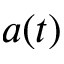
a ( t )